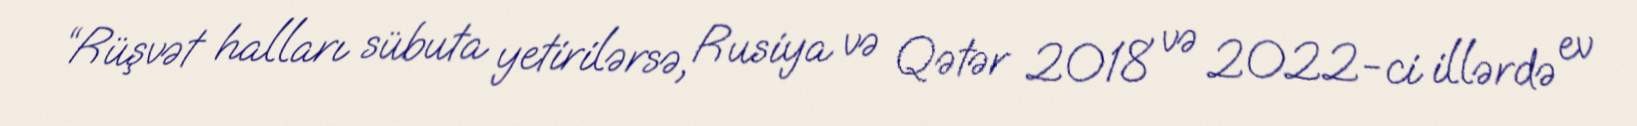
“Rüşvət halları sübuta yetirilərsə, Rusiya və Qətər 2018 və 2022-ci illərdə ev